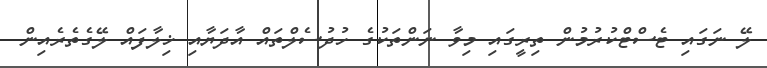
ލޭ ނަގައި ޓެސްޓްކުރުމުން ތިރީގައި މިވާ ނަންތަކުގެ ހުދުސެލްތައް އާދަޔާއި ޚިލާފައް ލޭގެތެރެއިން